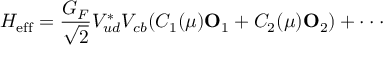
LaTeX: { \cal H } _ { \mathrm { e f f } } = { \frac { G _ { F } } { \sqrt 2 } } V _ { u d } ^ { * } V _ { c b } ( C _ { 1 } ( \mu ) { \bf O } _ { 1 } + C _ { 2 } ( \mu ) { \bf O } _ { 2 } ) + \cdot \cdot \cdot